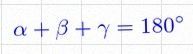
\alpha+\beta+\gamma=180^\circ